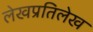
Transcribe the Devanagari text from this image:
लेखप्रतिलेख